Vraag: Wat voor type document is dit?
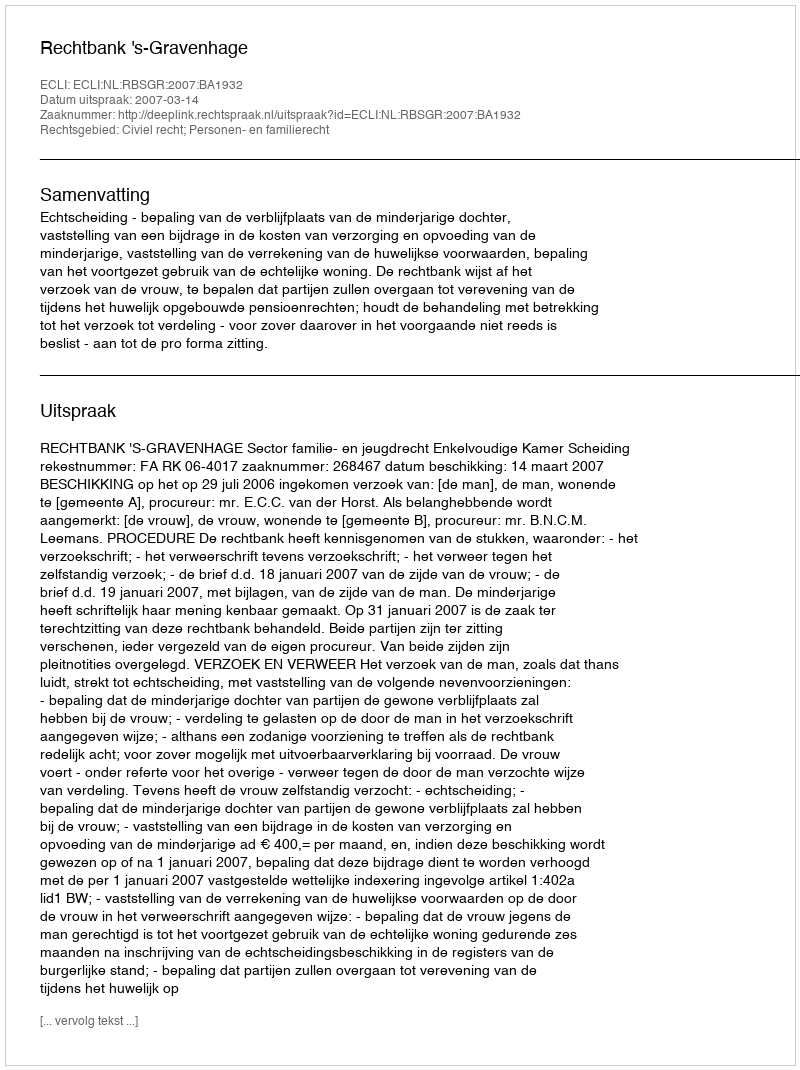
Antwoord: Uitspraak